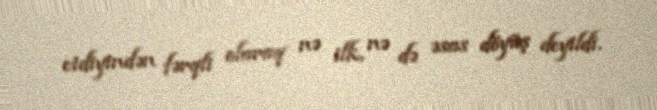
etdiyindən fərqli olaraq nə ilk, nə də əsas döyüş deyildi.